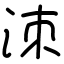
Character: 洓